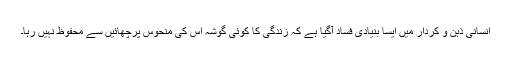
انسانی ذہن و کردار میں ایسا بنیادی فساد آگیا ہے کہ زندگی کا کوئی گوشہ اس کی منحوس پرچھائیں سے محفوظ نہیں رہا۔